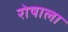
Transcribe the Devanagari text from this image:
रोषाला